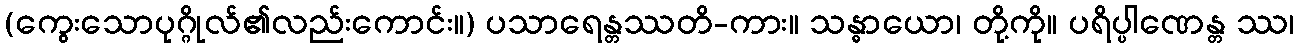
(ကွေးသောပုဂ္ဂိုလ်၏လည်းကောင်း။) ပသာရေန္တဿတိ-ကား။ သန္ဓာယော၊ တို့ကို။ ပရိပ္ပါဏေန္တ ဿ၊